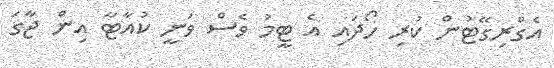
އެގްރިގޭޓުން ކުރި ހޯދައި އެ ޓީމު ވެސް ވަނީ ކުއާޓާ އިން ޖާގަ